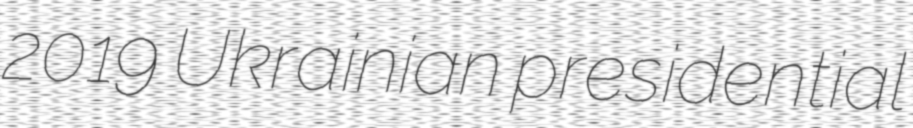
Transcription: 2019 Ukrainian presidential